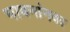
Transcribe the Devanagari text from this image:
भावनांनवर